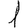
Digit: 1